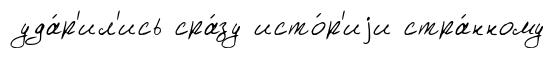
уда́р'ил'ись сра́зу исто́р'иjи стра́нному